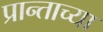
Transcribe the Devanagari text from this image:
प्रान्ताच्या